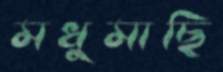
মধুমাছি